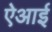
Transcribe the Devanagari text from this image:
ऐआई